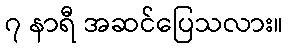
၇ နာရီ အဆင်ပြေသလား။